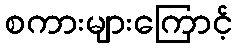
စကားများကြောင့်